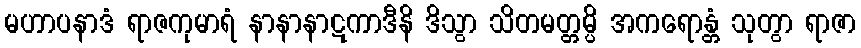
မဟာပနာဒံ ရာဇကုမာရံ နာနာနာဋကာဒီနိ ဒိသွာ သိတမတ္တမ္ပိ အကရောန္တံ သုတွာ ရာဇာ